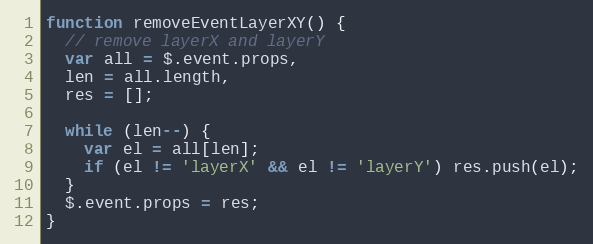
Language: JavaScript
function removeEventLayerXY() {
  // remove layerX and layerY
  var all = $.event.props,
  len = all.length,
  res = [];

  while (len--) {
    var el = all[len];
    if (el != 'layerX' && el != 'layerY') res.push(el);
  }
  $.event.props = res;
}